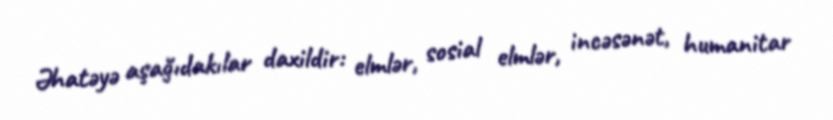
Əhatəyə aşağıdakılar daxildir: elmlər, sosial elmlər, incəsənət, humanitar